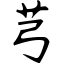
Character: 芎